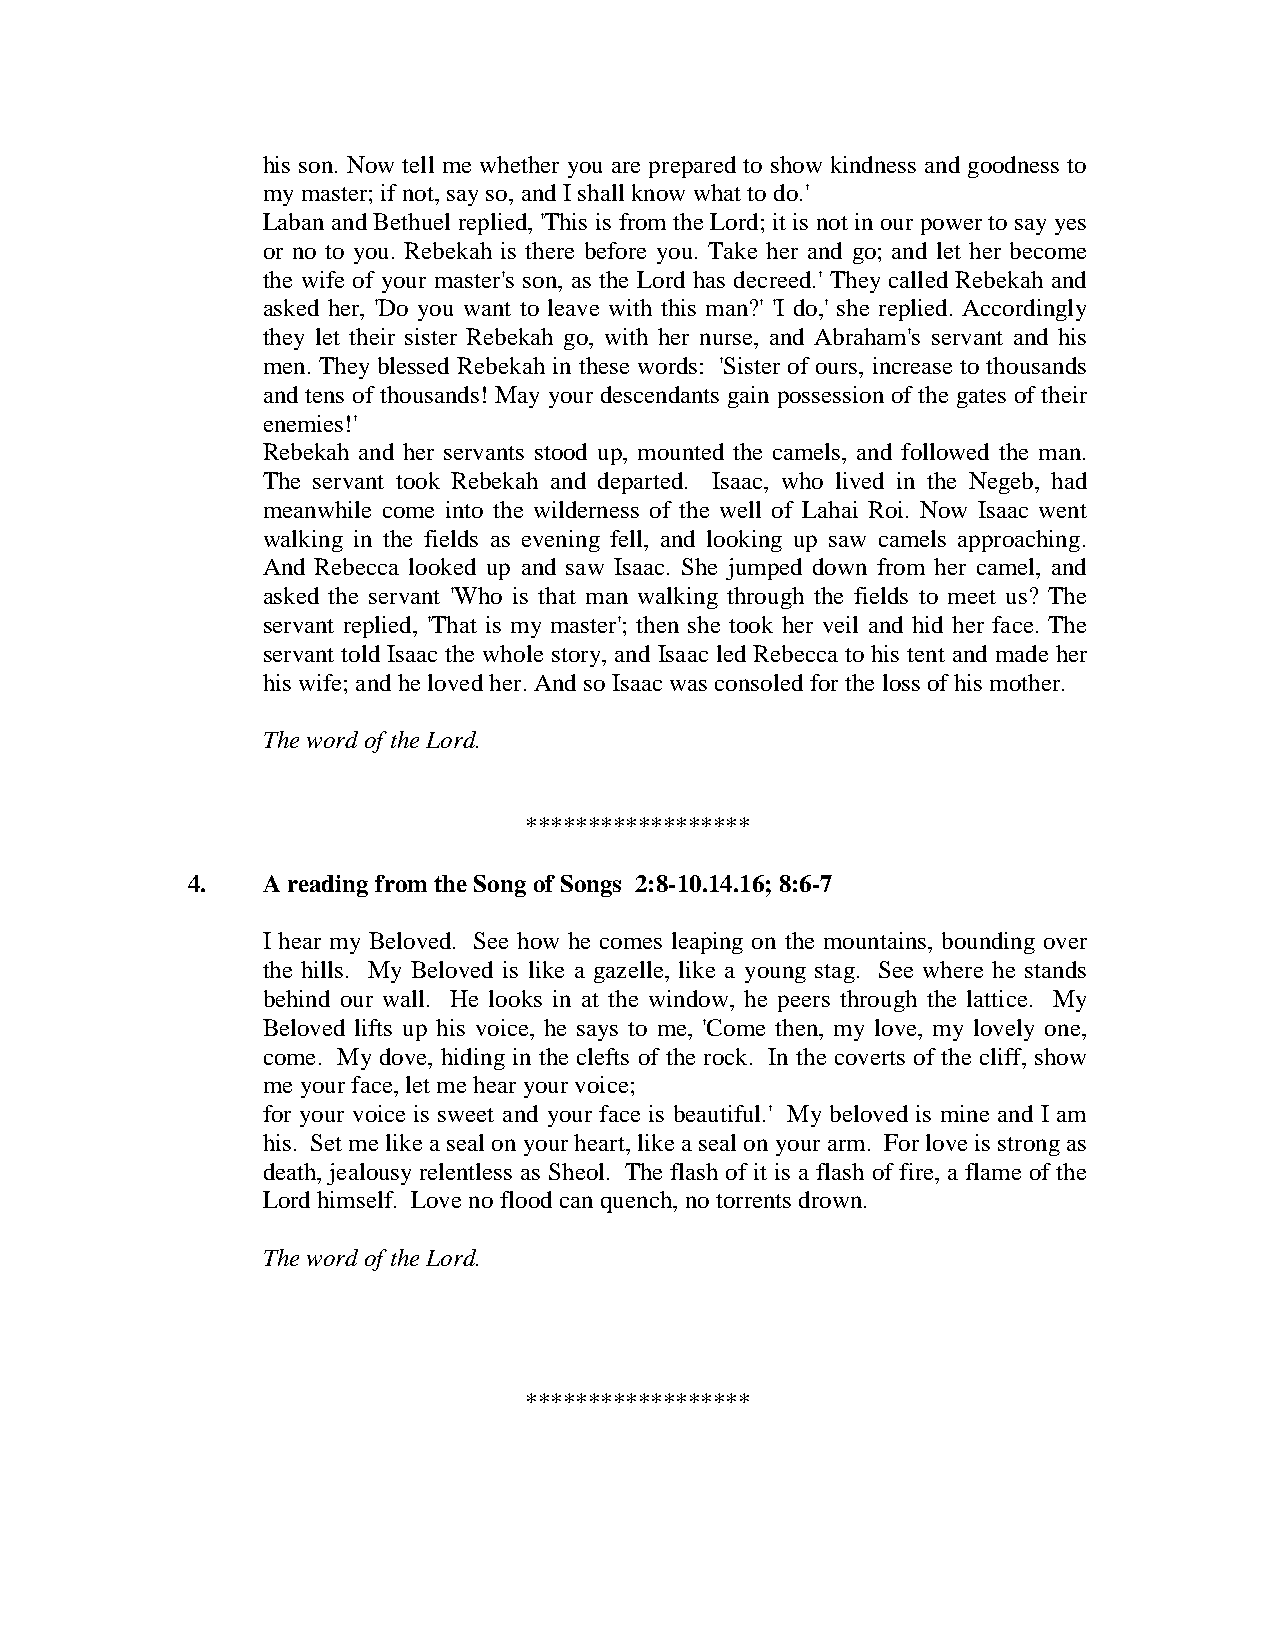
his son. Now tell me whether you are prepared to show kindness and goodness to
 my master; if not, say so, and I shall know what to do.'
 Laban and Bethuel replied, 'This is from the Lord; it is not in our power to say yes
 or no to you. Rebekah is there before you. Take her and go; and let her become
 the wife of your master's son, as the Lord has decreed.' They called Rebekah and
 asked her, 'Do you want to leave with this man?' 'I do,' she replied. Accordingly
 they let their sister Rebekah go, with her nurse, and Abraham's servant and his
 men. They blessed Rebekah in these words: 'Sister of ours, increase to thousands
 and tens of thousands! May your descendants gain possession of the gates of their
 enemies!'
 Rebekah and her servants stood up, mounted the camels, and followed the man.
 The servant took Rebekah and departed. Isaac, who lived in the Negeb, had
 meanwhile come into the wilderness of the well of Lahai Roi. Now Isaac went
 walking in the fields as evening fell, and looking up saw camels approaching.
 And Rebecca looked up and saw Isaac. She jumped down from her camel, and
 asked the servant 'Who is that man walking through the fields to meet us? The
 servant replied, 'That is my master'; then she took her veil and hid her face. The
 servant told Isaac the whole story, and Isaac led Rebecca to his tent and made her
 his wife; and he loved her. And so Isaac was consoled for the loss of his mother.
 The word of the Lord.
 ******************
 4.   A reading from the Song of Songs 2:8-10.14.16; 8:6-7
 I hear my Beloved. See how he comes leaping on the mountains, bounding over
 the hills. My Beloved is like a gazelle, like a young stag. See where he stands
 behind our wall. He looks in at the window, he peers through the lattice. My
 Beloved lifts up his voice, he says to me, 'Come then, my love, my lovely one,
 come. My dove, hiding in the clefts of the rock. In the coverts of the cliff, show
 me your face, let me hear your voice;
 for your voice is sweet and your face is beautiful.' My beloved is mine and I am
 his. Set me like a seal on your heart, like a seal on your arm. For love is strong as
 death, jealousy relentless as Sheol. The flash of it is a flash of fire, a flame of the
 Lord himself. Love no flood can quench, no torrents drown.
 The word of the Lord.
 ******************